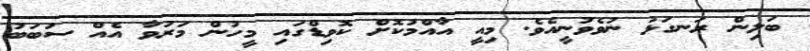
ބަލިން ރަނގަޅު ނުވެވުނީއެވެ. މިއީ އާއްމުކޮށް ކޮވިޑްގައި މީހުން މަރުވާ އެއް ސަބަބު